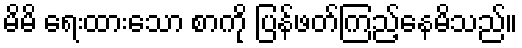
မိမိ ရေးထားသော စာကို ပြန်ဖတ်ကြည့်နေမိသည်။